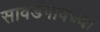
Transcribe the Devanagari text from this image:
सावर्डेगावच्या